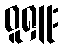
ဝူရှူး